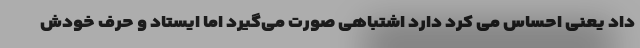
داد یعنی احساس می کرد دارد اشتباهی صورت می‌گیرد اما ایستاد و حرف خودش